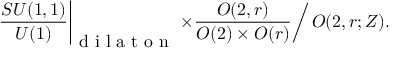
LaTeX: \left. \frac { S U ( 1 , 1 ) } { U ( 1 ) } \right| _ { \makebox { d i l a t o n } } \left. \times \frac { O ( 2 , r ) } { O ( 2 ) \times O ( r ) } \right/ O ( 2 , r ; Z ) .